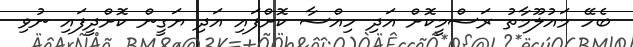
ބެހޭ މައުލޫމާތު ރަސްމީކޮށް އަދި ހިއްސާ ކޮށްފައި އަދި ޔަގީން ކޮށްދީފައި ނުވި